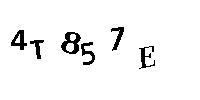
4T857E